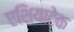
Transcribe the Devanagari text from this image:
एशियाटेक